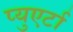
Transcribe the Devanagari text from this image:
प्युएर्टा